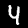
Digit: 4